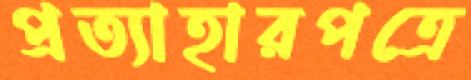
প্রত্যাহারপত্রে